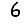
Digit: 6